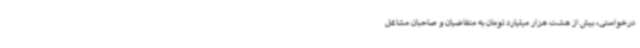
درخواستی، بیش از هشت هزار میلیارد تومان به متقاضیان و صاحبان مشاغل